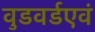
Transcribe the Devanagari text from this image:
वुडवर्डएवं